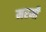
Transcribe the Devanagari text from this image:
मरमी